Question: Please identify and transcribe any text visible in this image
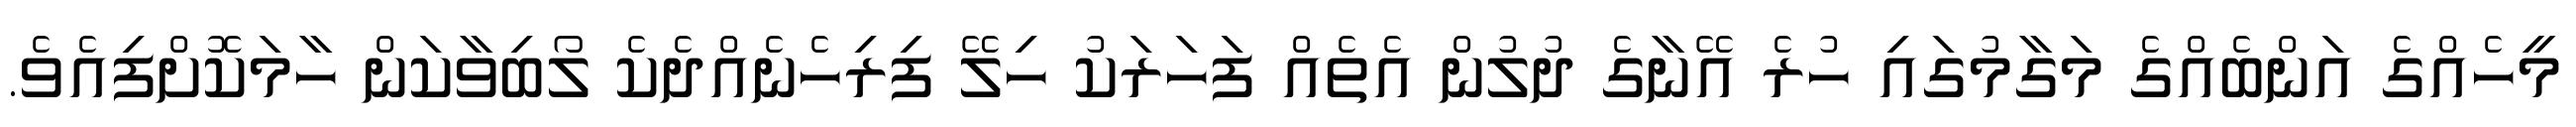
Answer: މީހެއްގެ އަންބެއްގެ މަގާމުގައި ހުރެ އޭނާގެ ދުލުން އެތެއް ފަހަރަކު ހިލޭ ފިރިހެނެއްދެކެ ލޯބިވާކަން ހާމަކޮށްފިއެވެ.